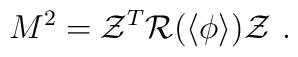
M^2 = {\cal Z}^T {\cal R} (\langle\phi\rangle) {\cal Z}\ .